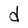
Character: d